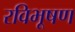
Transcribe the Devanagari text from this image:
रविभूषण